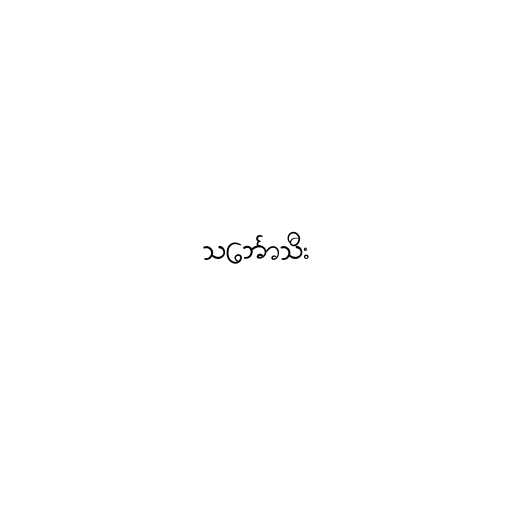
သင်္ဘောသီး